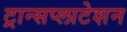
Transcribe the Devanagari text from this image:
ट्रान्सप्लाटेशन